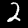
Label: 2